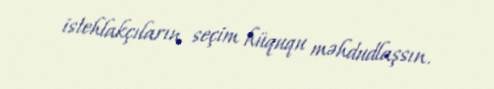
istehlakçıların seçim hüququ məhdudlaşsın.